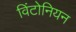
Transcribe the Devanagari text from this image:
विंटोनियन